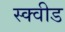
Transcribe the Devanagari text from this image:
स्क्वीड